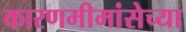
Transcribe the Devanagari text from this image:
कारणमीमांसेच्या